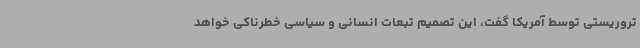
تروریستی توسط آمریکا گفت، این تصمیم تبعات انسانی و سیاسی خطرناکی خواهد